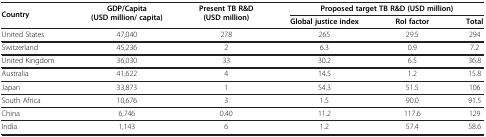
<table><thead><tr><td><b>Country</b></td><td><b>GDP/Capita (USD million/ capita)</b></td><td><b>Present TB R&amp;D (USD million)</b></td><td colspan="3"><b>Proposed target TB R&amp;D (USD million)</b></td></tr><tr><td>[EMPTY_CELL]</td><td>[EMPTY_CELL]</td><td>[EMPTY_CELL]</td><td><b>Global justice index</b></td><td><b>RoI factor</b></td><td><b>Total</b></td></tr></thead><tbody><tr><td>United States</td><td>47,040</td><td>278</td><td>265</td><td>29.5</td><td>294</td></tr><tr><td>Switzerland</td><td>45,236</td><td>2</td><td>6.3</td><td>0.9</td><td>7.2</td></tr><tr><td>United Kingdom</td><td>36,030</td><td>33</td><td>30.2</td><td>6.5</td><td>36.8</td></tr><tr><td>Australia</td><td>41,622</td><td>4</td><td>14.5</td><td>1.2</td><td>15.8</td></tr><tr><td>Japan</td><td>33,873</td><td>1</td><td>54.3</td><td>51.5</td><td>106</td></tr><tr><td>South Africa</td><td>10,676</td><td>3</td><td>1.5</td><td>90.0</td><td>91.5</td></tr><tr><td>China</td><td>6,746</td><td>0.40</td><td>11.2</td><td>117.6</td><td>129</td></tr><tr><td>India</td><td>1,143</td><td>6</td><td>1.2</td><td>57.4</td><td>58.6</td></tr></tbody></table>